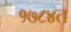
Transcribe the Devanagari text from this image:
१७८४त